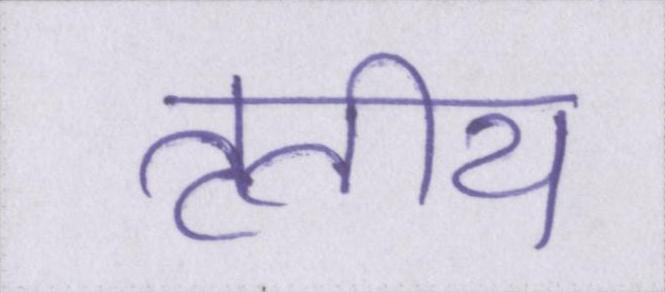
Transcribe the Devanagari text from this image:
तृतीय